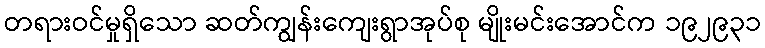
တရားဝင်မှုရှိသော ဆတ်ကျွန်းကျေးရွာအုပ်စု မျိုးမင်းအောင်က ၁၉၂၉၃၁